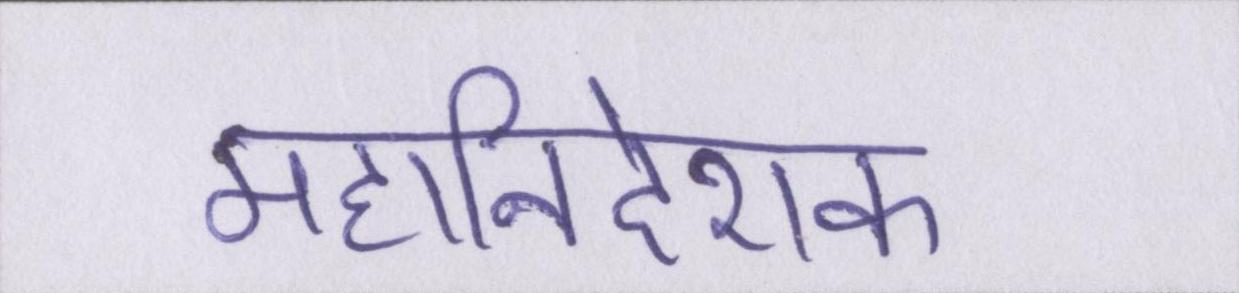
महानिदेशक